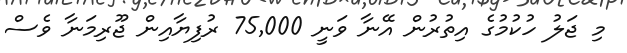
މި ޖަލު ހުކުމުގެ އިތުރުން އޭނާ ވަނީ 75